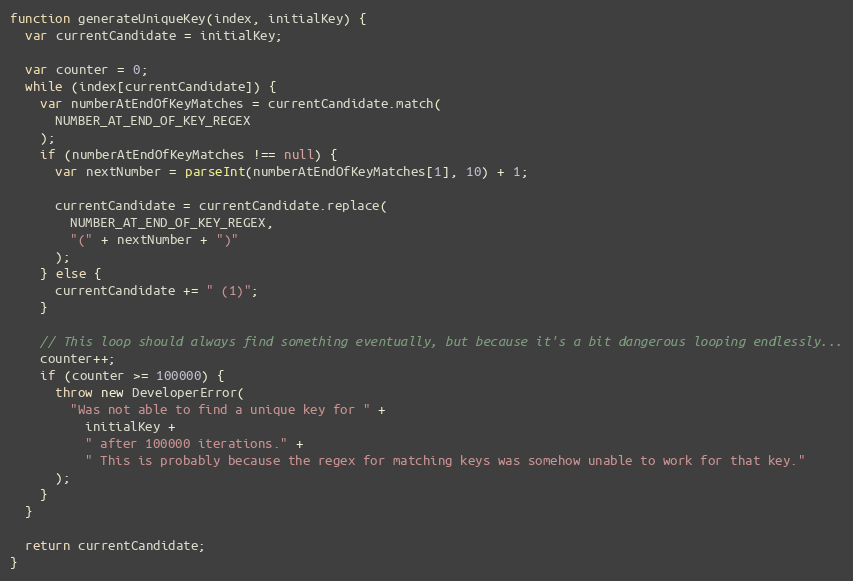
Language: JavaScript
function generateUniqueKey(index, initialKey) {
  var currentCandidate = initialKey;

  var counter = 0;
  while (index[currentCandidate]) {
    var numberAtEndOfKeyMatches = currentCandidate.match(
      NUMBER_AT_END_OF_KEY_REGEX
    );
    if (numberAtEndOfKeyMatches !== null) {
      var nextNumber = parseInt(numberAtEndOfKeyMatches[1], 10) + 1;

      currentCandidate = currentCandidate.replace(
        NUMBER_AT_END_OF_KEY_REGEX,
        "(" + nextNumber + ")"
      );
    } else {
      currentCandidate += " (1)";
    }

    // This loop should always find something eventually, but because it's a bit dangerous looping endlessly...
    counter++;
    if (counter >= 100000) {
      throw new DeveloperError(
        "Was not able to find a unique key for " +
          initialKey +
          " after 100000 iterations." +
          " This is probably because the regex for matching keys was somehow unable to work for that key."
      );
    }
  }

  return currentCandidate;
}